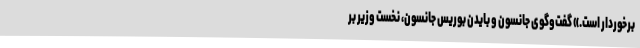
برخوردار است.» گفت‌وگوی جانسون و بایدن بوریس جانسون، نخست وزیر بر